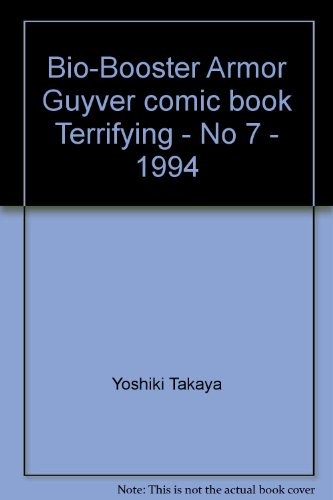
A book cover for Bio-Booster Armor Guyver comic book "Terrifying" - No 7 - 1994; Yoshiki Takaya; Comics & Graphic Novels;